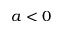
a < 0